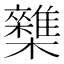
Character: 𣠛